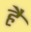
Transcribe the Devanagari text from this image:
हैं